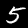
Label: 5